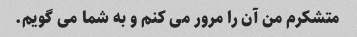
متشکرم من آن را مرور می کنم و به شما می گویم.